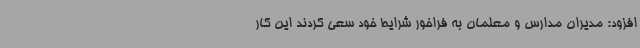
افزود: مدیران مدارس و معلمان به فراخور شرایط خود سعی کردند این کار